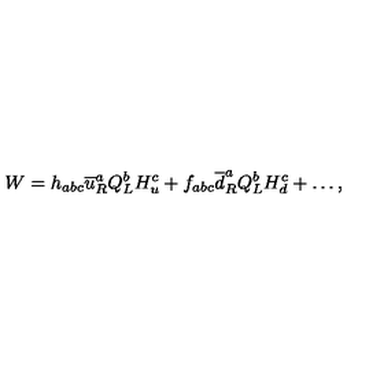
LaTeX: W = h _ { a b c } \overline { { u } } _ { R } ^ { a } Q _ { L } ^ { b } H _ { u } ^ { c } + f _ { a b c } \overline { { d } } _ { R } ^ { a } Q _ { L } ^ { b } H _ { d } ^ { c } + \ldots ,